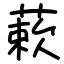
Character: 蔌